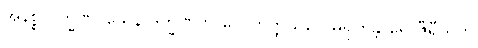
အနိစ္စလက္ခဏဝသေန ဒက္ခိဏဘာဂေ ဟတ္ထိသိပ္ပေ မရုကန္တာရေ ဇီရီယတိ